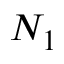
N _ { 1 }